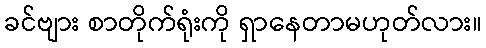
ခင်ဗျား စာတိုက်ရုံးကို ရှာနေတာမဟုတ်လား။